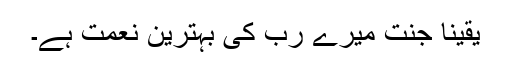
یقیناً جنت میرے رب کی بہترین نعمت ہے۔